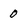
Character: 0